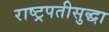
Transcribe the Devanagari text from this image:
राष्ट्रपतीसुद्धा